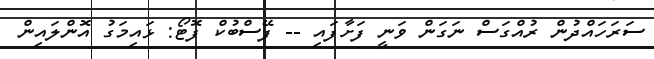
ސަރަހައްދުން ރުއްގަސް ނަގަން ވަނީ ފަށާފައި -- ފޭސްބުކް ފޮޓޯ: ޅައިމަގު އޮންލައިން